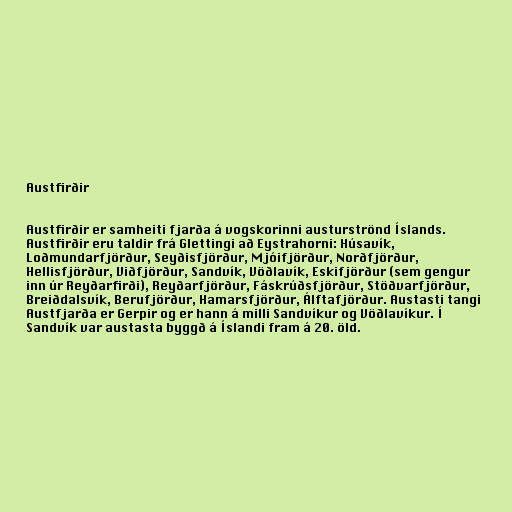
Austfirðir

Austfirðir er samheiti fjarða á vogskorinni austurströnd Íslands.
Austfirðir eru taldir frá Glettingi að Eystrahorni: Húsavík,
Loðmundarfjörður, Seyðisfjörður, Mjóifjörður, Norðfjörður,
Hellisfjörður, Viðfjörður, Sandvík, Vöðlavík, Eskifjörður (sem gengur
inn úr Reyðarfirði), Reyðarfjörður, Fáskrúðsfjörður, Stöðvarfjörður,
Breiðdalsvík, Berufjörður, Hamarsfjörður, Álftafjörður. Austasti tangi
Austfjarða er Gerpir og er hann á milli Sandvíkur og Vöðlavíkur. Í
Sandvík var austasta byggð á Íslandi fram á 20. öld.